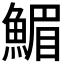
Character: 𩹪